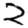
Digit: 2